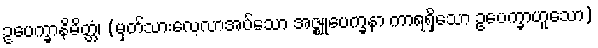
ဥပေက္ခာနိမိတ္တံ၊ (မှတ်သားလေ့လာအပ်သော အဇ္ဈုပေက္ခနာ ကာရရှိသော ဥပေက္ခာဟူသော)